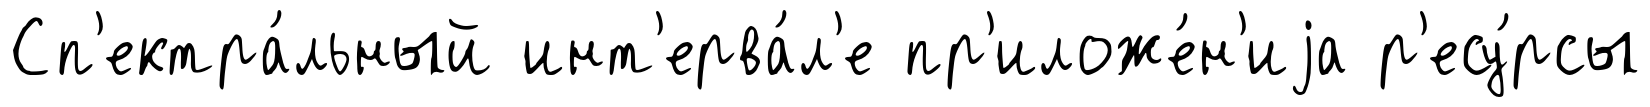
Сп'ектра́льный инт'ерва́л'е пр'иложе́н'иjа р'есу́рсы